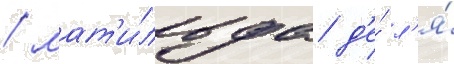
/ мат'и́льда д'е́ л'я́